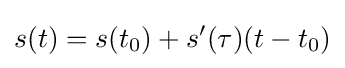
s(t)=s(t_{0})+s'(\tau )(t-t_{0})